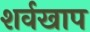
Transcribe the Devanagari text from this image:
शर्वखाप